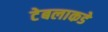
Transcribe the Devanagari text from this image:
टेबलाकडे